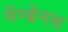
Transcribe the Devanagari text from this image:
मेंम्ब्रेनस